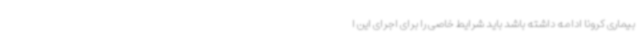
بیماری کرونا ادامه داشته باشد باید شرایط خاصی را برای اجرای این ا